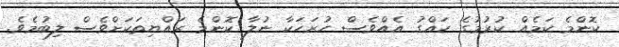
ކޮންމެ ކަމެއް ކުރުމުގެ ހައްގު އެއްވެސް ހުރަހަކާ ނުލާ ކޮންމެ ރައްޔިތަކަށްވެސް ލިބުމެވެ.